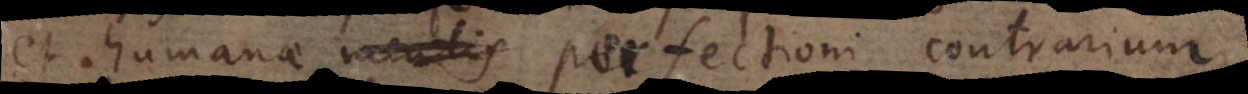
et humanae mentis perfectioni contrarium.